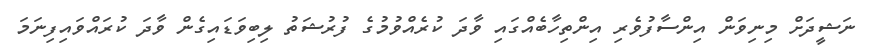
ނަޝީދަށް މިނިވަން އިންސާފުވެރި އިންތިހާބެއްގައި ވާދަ ކުރެއްވުމުގެ ފުރުޝަތު ލިބިވަޑައިގެން ވާދަ ކުރައްވައިފިނަމަ